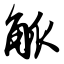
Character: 觚